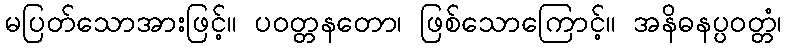
မပြတ်သောအားဖြင့်။ ပဝတ္တနတော၊ ဖြစ်သောကြောင့်။ အနိဓနပ္ပဝတ္တံ၊